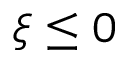
\xi \le 0